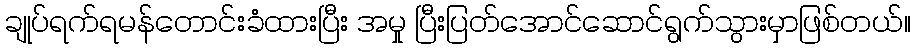
ချုပ်ရက်ရမန်တောင်းခံထားပြီး အမှု ပြီးပြတ်အောင်ဆောင်ရွက်သွားမှာဖြစ်တယ်။